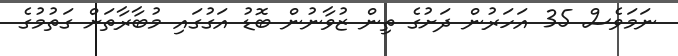
ނަމަވެސް 35 އަހަރުން ދަށުގެ ތިން ޒުވާނުން ބޮޑު އަގުގައި މުބާރާތަށް ގަތުމުގެ